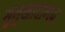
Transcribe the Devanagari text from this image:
सुनुखादागढ़